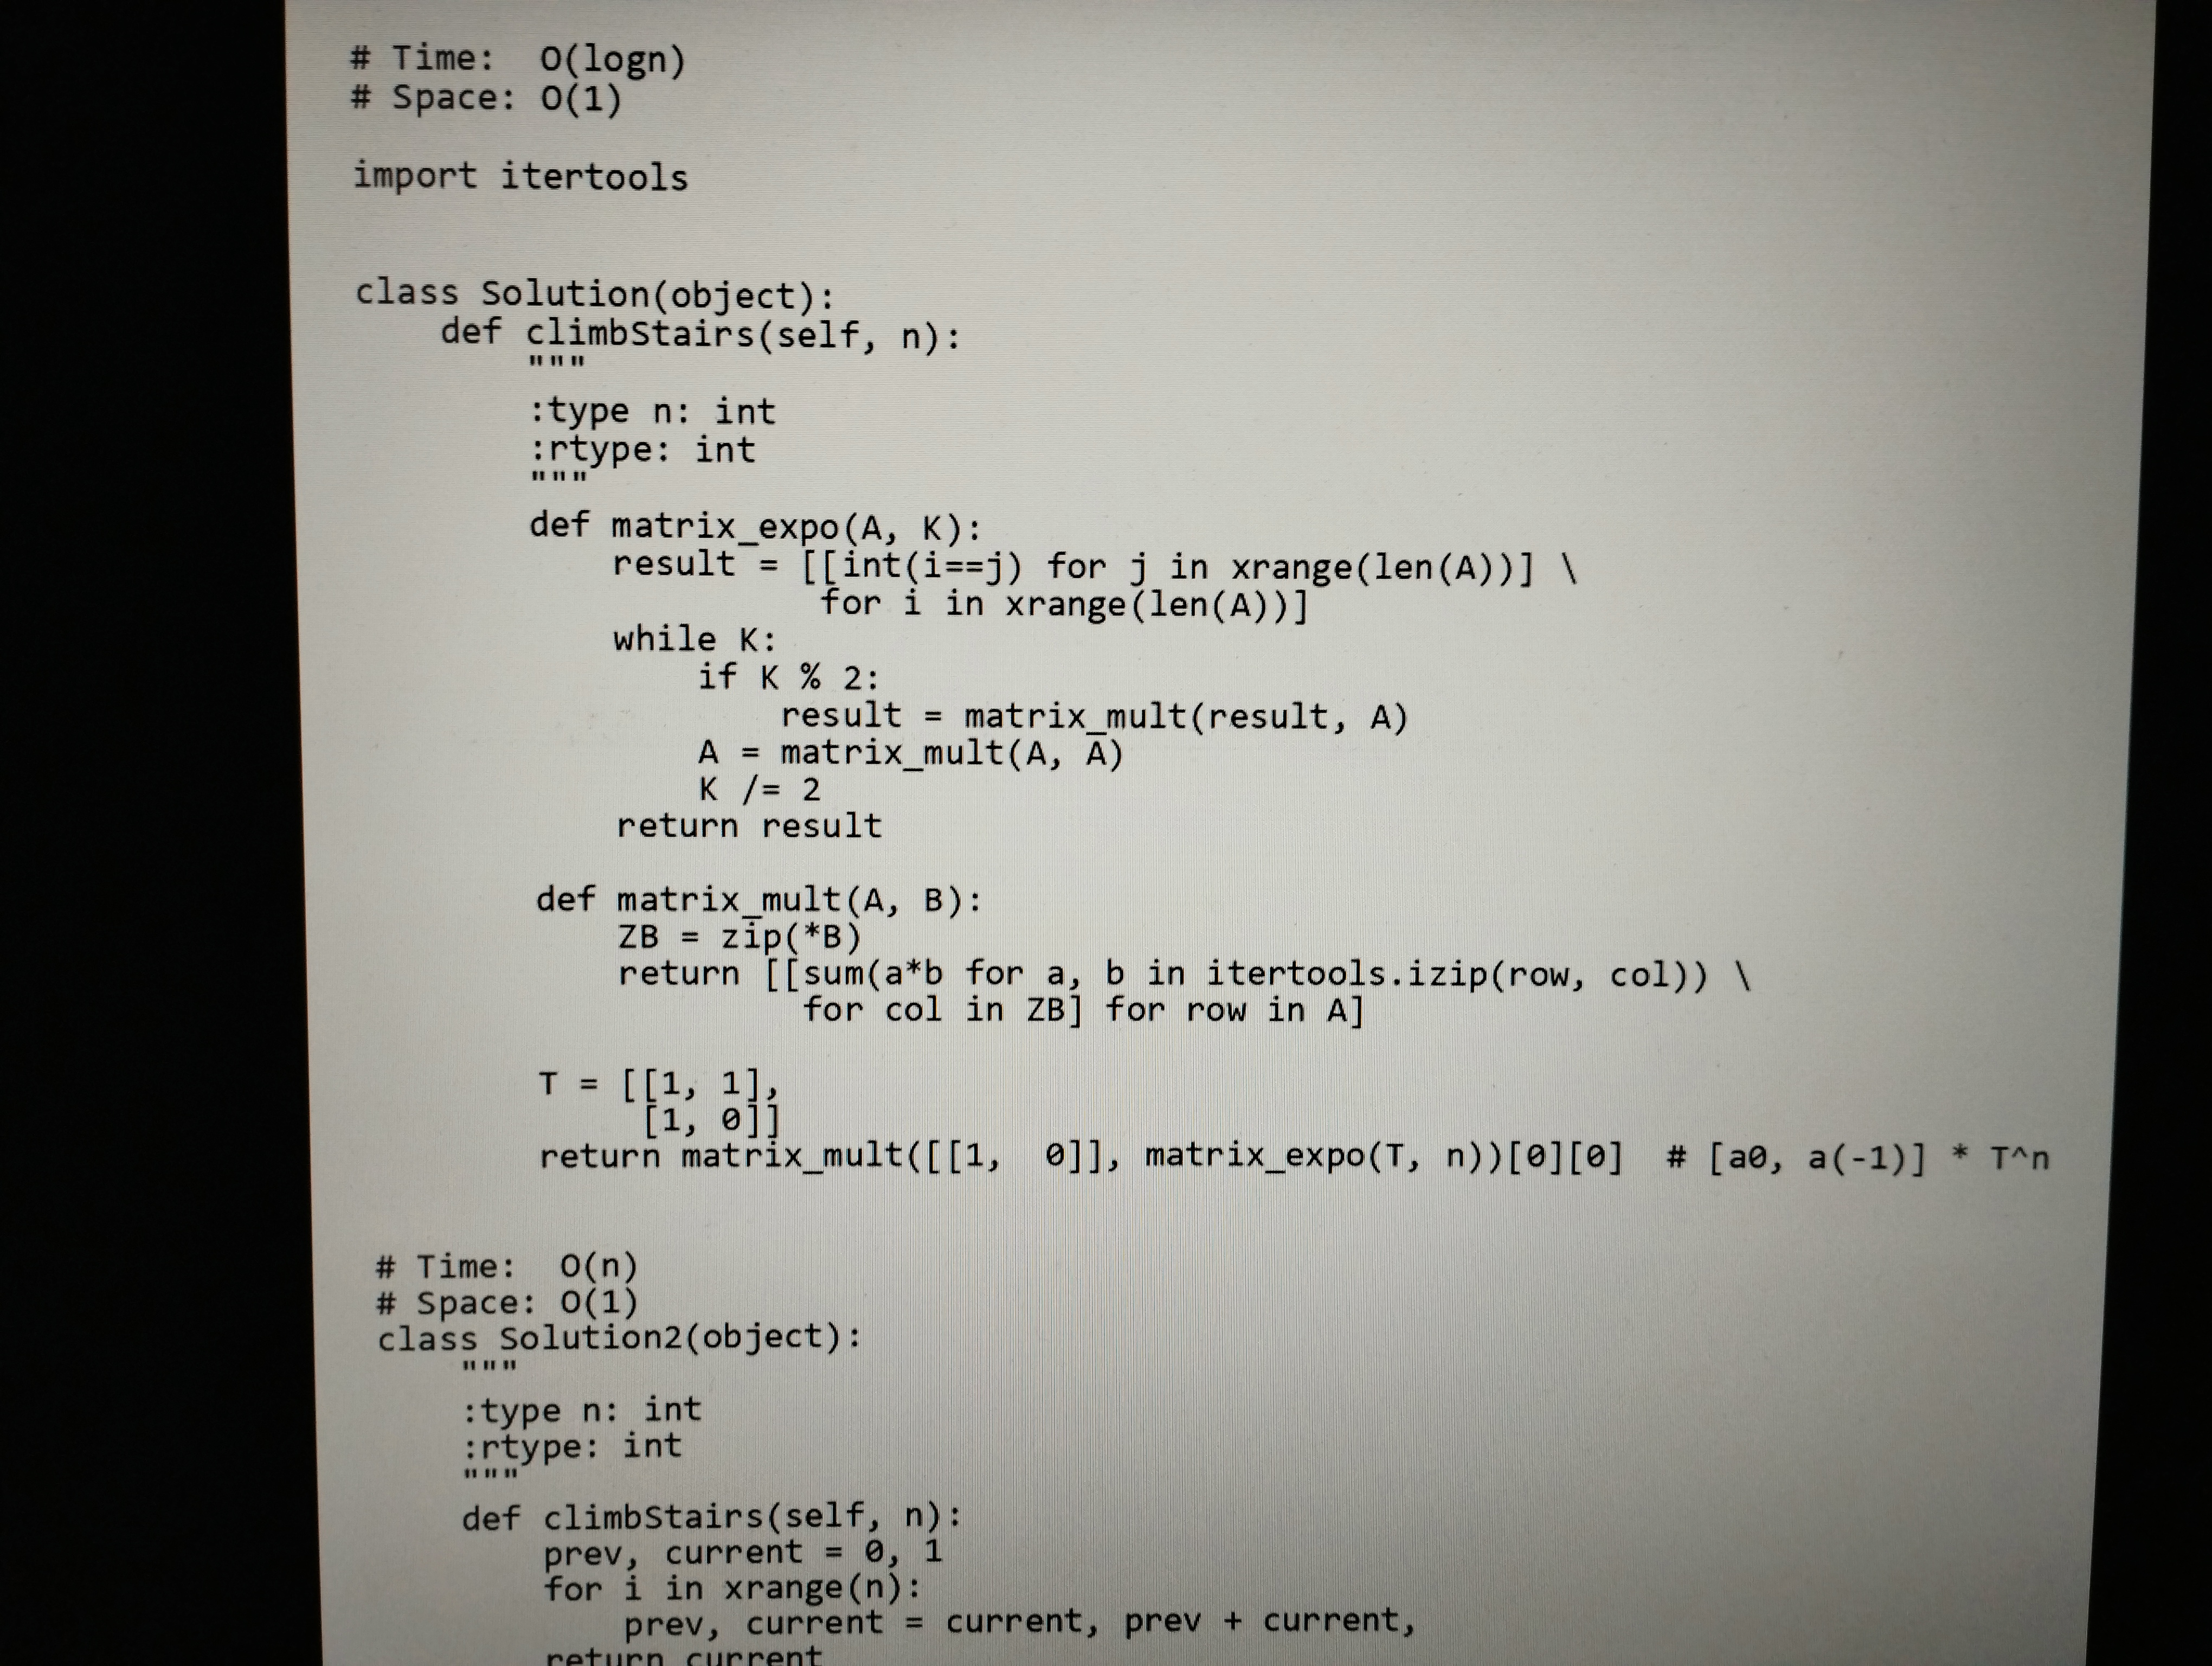
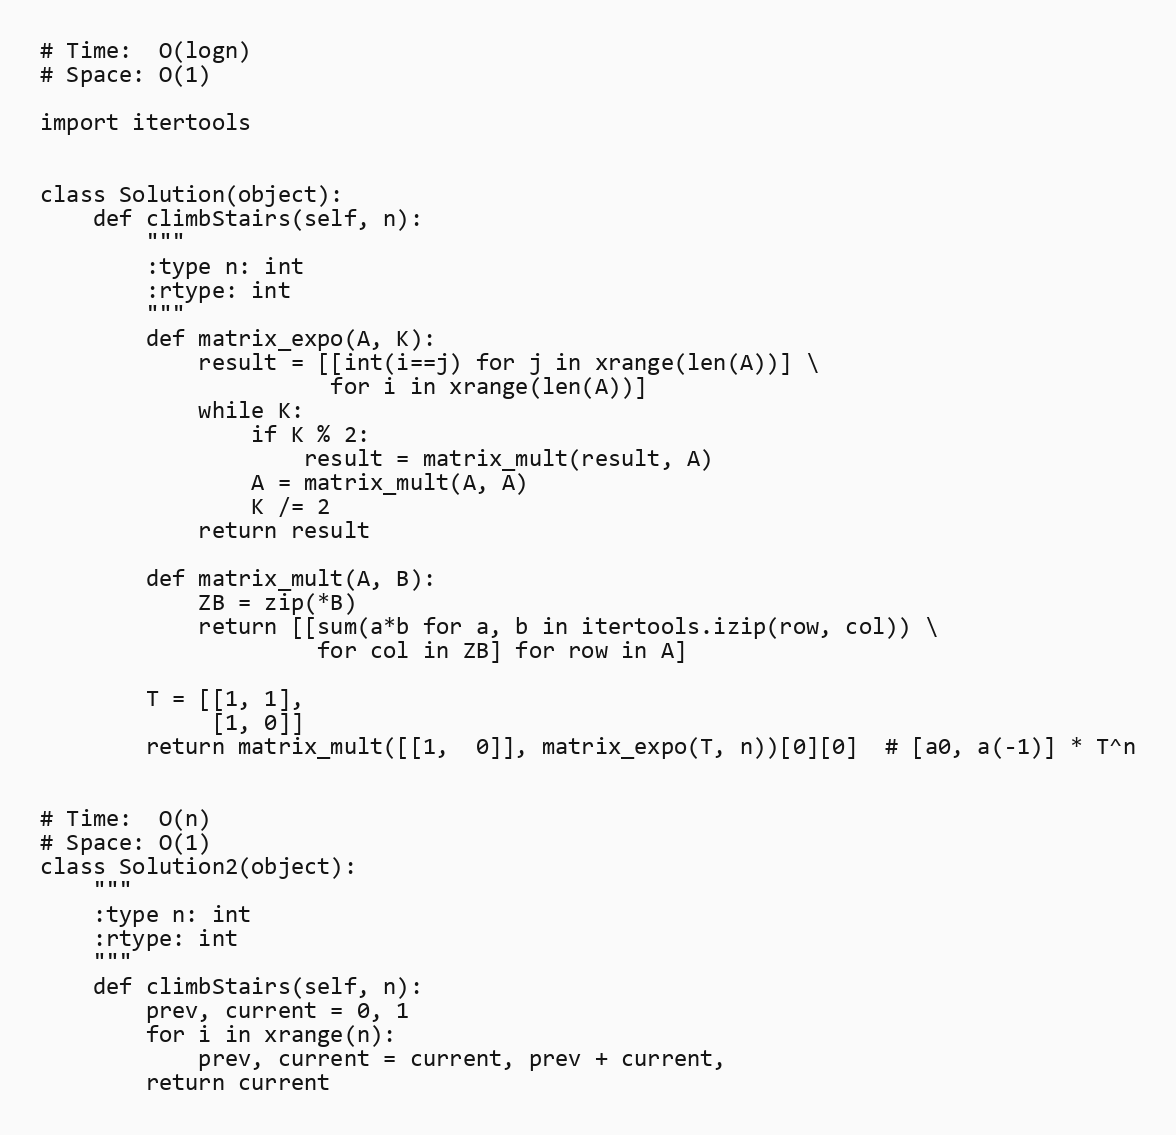
# Time:  O(logn)
# Space: O(1)

import itertools

class Solution(object):
    def climbStairs(self, n):
        """
        :type n: int
        :rtype: int
        """
        def matrix_expo(A, K):
            result = [[int(i==j) for j in xrange(len(A))] \
                      for i in xrange(len(A))]
            while K:
                if K % 2:
                    result = matrix_mult(result, A)
                A = matrix_mult(A, A)
                K /= 2
            return result

        def matrix_mult(A, B):
            ZB = zip(*B)
            return [[sum(a*b for a, b in itertools.izip(row, col)) \
                     for col in ZB] for row in A]

        T = [[1, 1],
             [1, 0]]
        return matrix_mult([[1,  0]], matrix_expo(T, n))[0][0]  # [a0, a(-1)] * T^n

# Time:  O(n)
# Space: O(1)
class Solution2(object):
    """
    :type n: int
    :rtype: int
    """
    def climbStairs(self, n):
        prev, current = 0, 1
        for i in xrange(n):
            prev, current = current, prev + current,
        return current